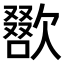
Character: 𣤌